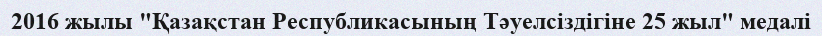
2016 жылы "Қазақстан Республикасының Тәуелсіздігіне 25 жыл" медалі